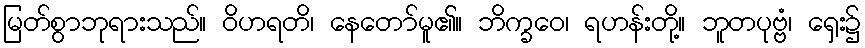
မြတ်စွာဘုရားသည်။ ဝိဟရတိ၊ နေတော်မူ၏။ ဘိက္ခဝေ၊ ရဟန်းတို့။ ဘူတပုဗ္ဗံ၊ ရှေး၌